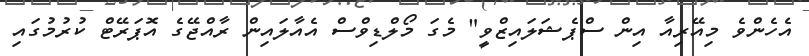
އެހެންވެ މިއޭރިއާ އިން ސްޕެޝަލައިޒްވީ" މެގަ މޯލްޑިވްސް އެއާލައިން ރާއްޖޭގެ އޮޕަރޭޓް ކުރުމުގައި